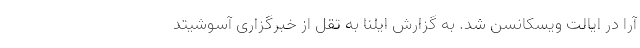
آرا در ایالت ویسکانسن شد. به گزارش ایلنا به تقل از خبرگزاری آسوشیتد